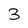
Character: 3